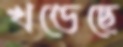
খণ্ডেছে